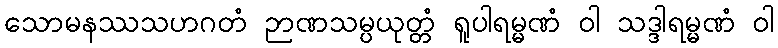
သောမနဿသဟဂတံ ဉာဏသမ္ပယုတ္တံ ရူပါရမ္မဏံ ဝါ သဒ္ဒါရမ္မဏံ ဝါ